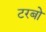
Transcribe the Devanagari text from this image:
टरबो